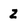
Character: z